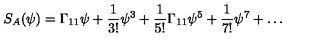
S _ { A } ( \psi ) = \Gamma _ { 1 1 } \psi + { \frac { 1 } { 3 ! } } \psi ^ { 3 } + { \frac { 1 } { 5 ! } } \Gamma _ { 1 1 } \psi ^ { 5 } + { \frac { 1 } { 7 ! } } \psi ^ { 7 } + \ldots